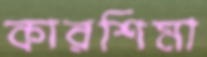
কারশিমা